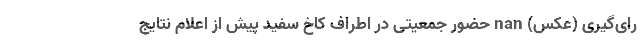
رای‌گیری (عکس) nan حضور جمعیتی در اطراف کاخ سفید پیش از اعلام نتایج